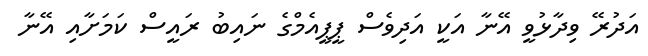
އަދުރޭ ވިދާޅުވީ އޭނާ އަކީ އަދިވެސް ޕީޕީއެމްގެ ނައިބު ރައީސް ކަމަށާއި އޭނާ